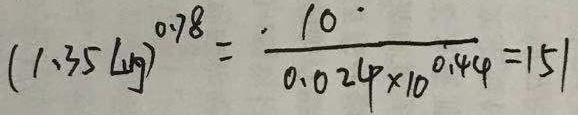
\[ (1.35\ \mathrm{kg})^{0.78}=\frac{10}{0.024\times10^{0.44}} = 151 \]